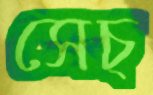
সেচ্‌